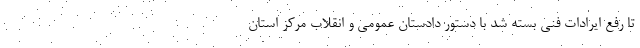
تا رفع ایرادات فنی بسته شد با دستور دادستان عمومی و انقلاب مرکز استان